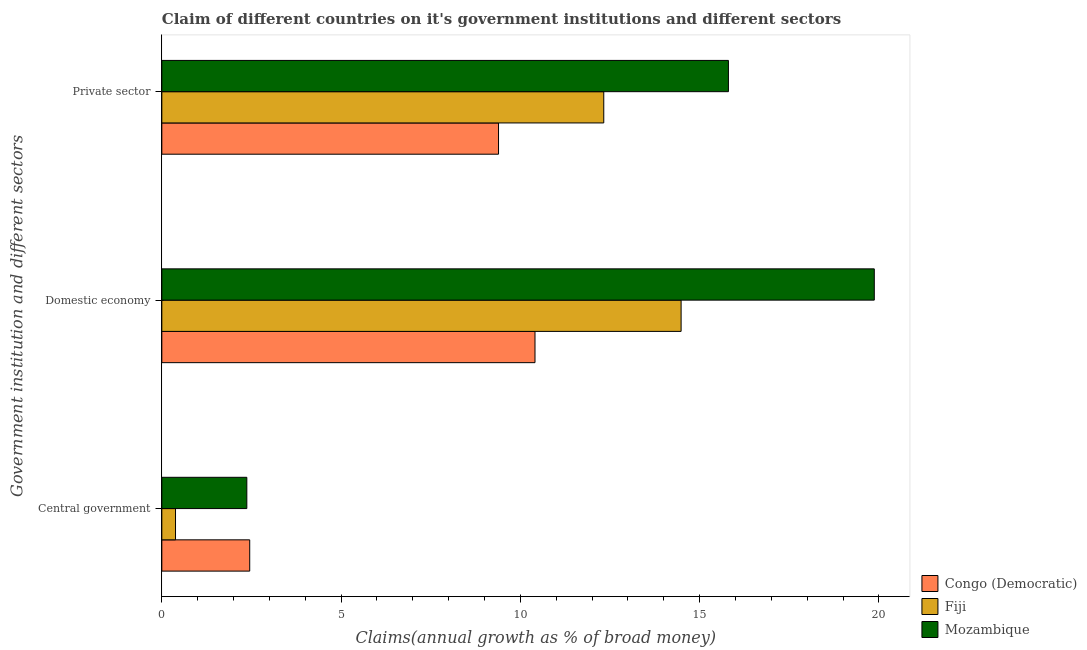
| Government institution and different sectors | Congo (Democratic) | Fiji | Mozambique |
 | --- | --- | --- | --- |
 | Central government | 2.45 | 0.381 | 2.37 |
 | Domestic economy | 10.4 | 14.5 | 19.9 |
 | Private sector | 9.39 | 12.3 | 15.8 |